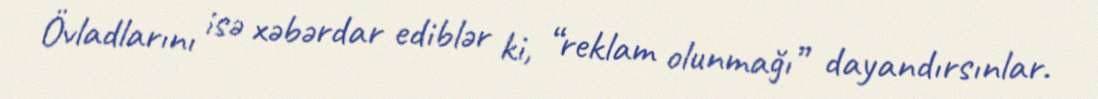
Övladlarını isə xəbərdar ediblər ki, “reklam olunmağı” dayandırsınlar.